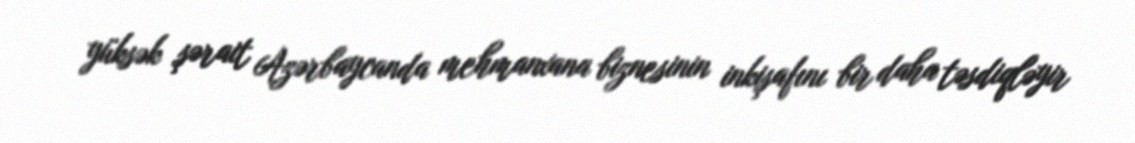
yüksək şərait Azərbaycanda mehmanxana biznesinin inkişafını bir daha təsdiqləyir